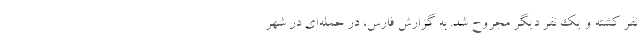
نفر کشته و یک نفر دیگر مجروح شد. به گزارش فارس،‌ در حمله‌ای در شهر